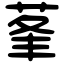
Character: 莑